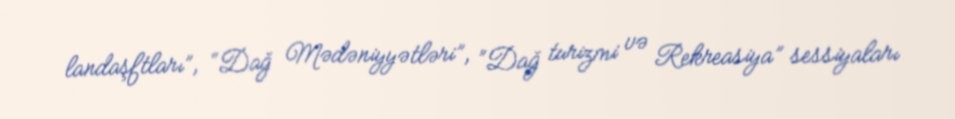
landaşftları”, “Dağ Mədəniyyətləri”, “Dağ turizmi və Rekreasiya” sessiyaları